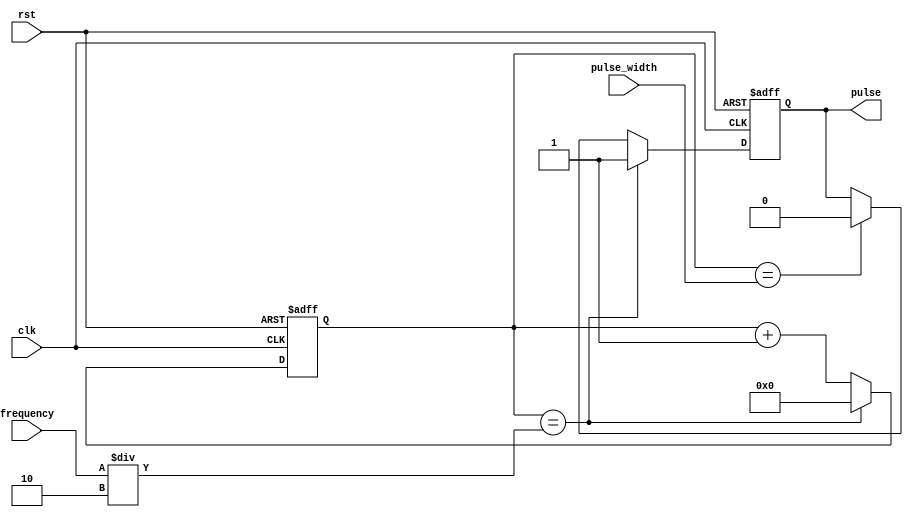
module PulseGenerator(
    input clk,
    input rst,
    input [7:0] pulse_width,
    input [15:0] frequency,
    output reg pulse
);

reg [15:0] counter;

always @(posedge clk or posedge rst) begin
    if (rst) begin
        counter <= 16'h0000;
        pulse <= 1'b0;
    end else begin
        if (counter == frequency/2) begin
            counter <= 16'h0000;
            pulse <= 1'b1;
        end else if (counter == pulse_width) begin
            counter <= counter + 1;
            pulse <= 1'b0;
        end else begin
            counter <= counter + 1;
        end
    end
end

endmodule